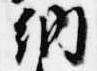
納